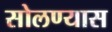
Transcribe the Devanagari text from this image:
सोलण्यास